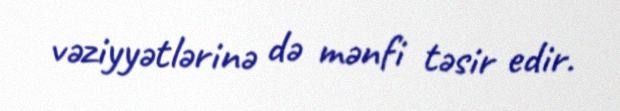
vəziyyətlərinə də mənfi təsir edir.